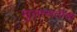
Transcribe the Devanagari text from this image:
मुलाखतीची